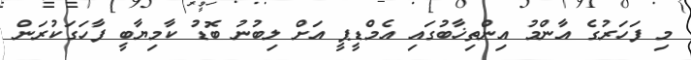
މި ފަހަރުގެ އާންމު އިންތިޚާބުގައި އެމްޑީޕީ އަށް ލިބުނު ބޮޑު ކާމިޔާބީ ފާހަގަކުރަން